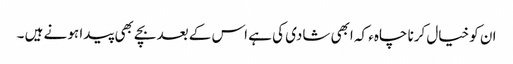
ان کو خیال کرنا چاہء کہ ابھی شادی کی ہے اس کے بعد بچے بھی پیدا ہو نے ہیں ۔